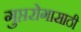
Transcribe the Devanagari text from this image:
गुप्तरोगासाठी